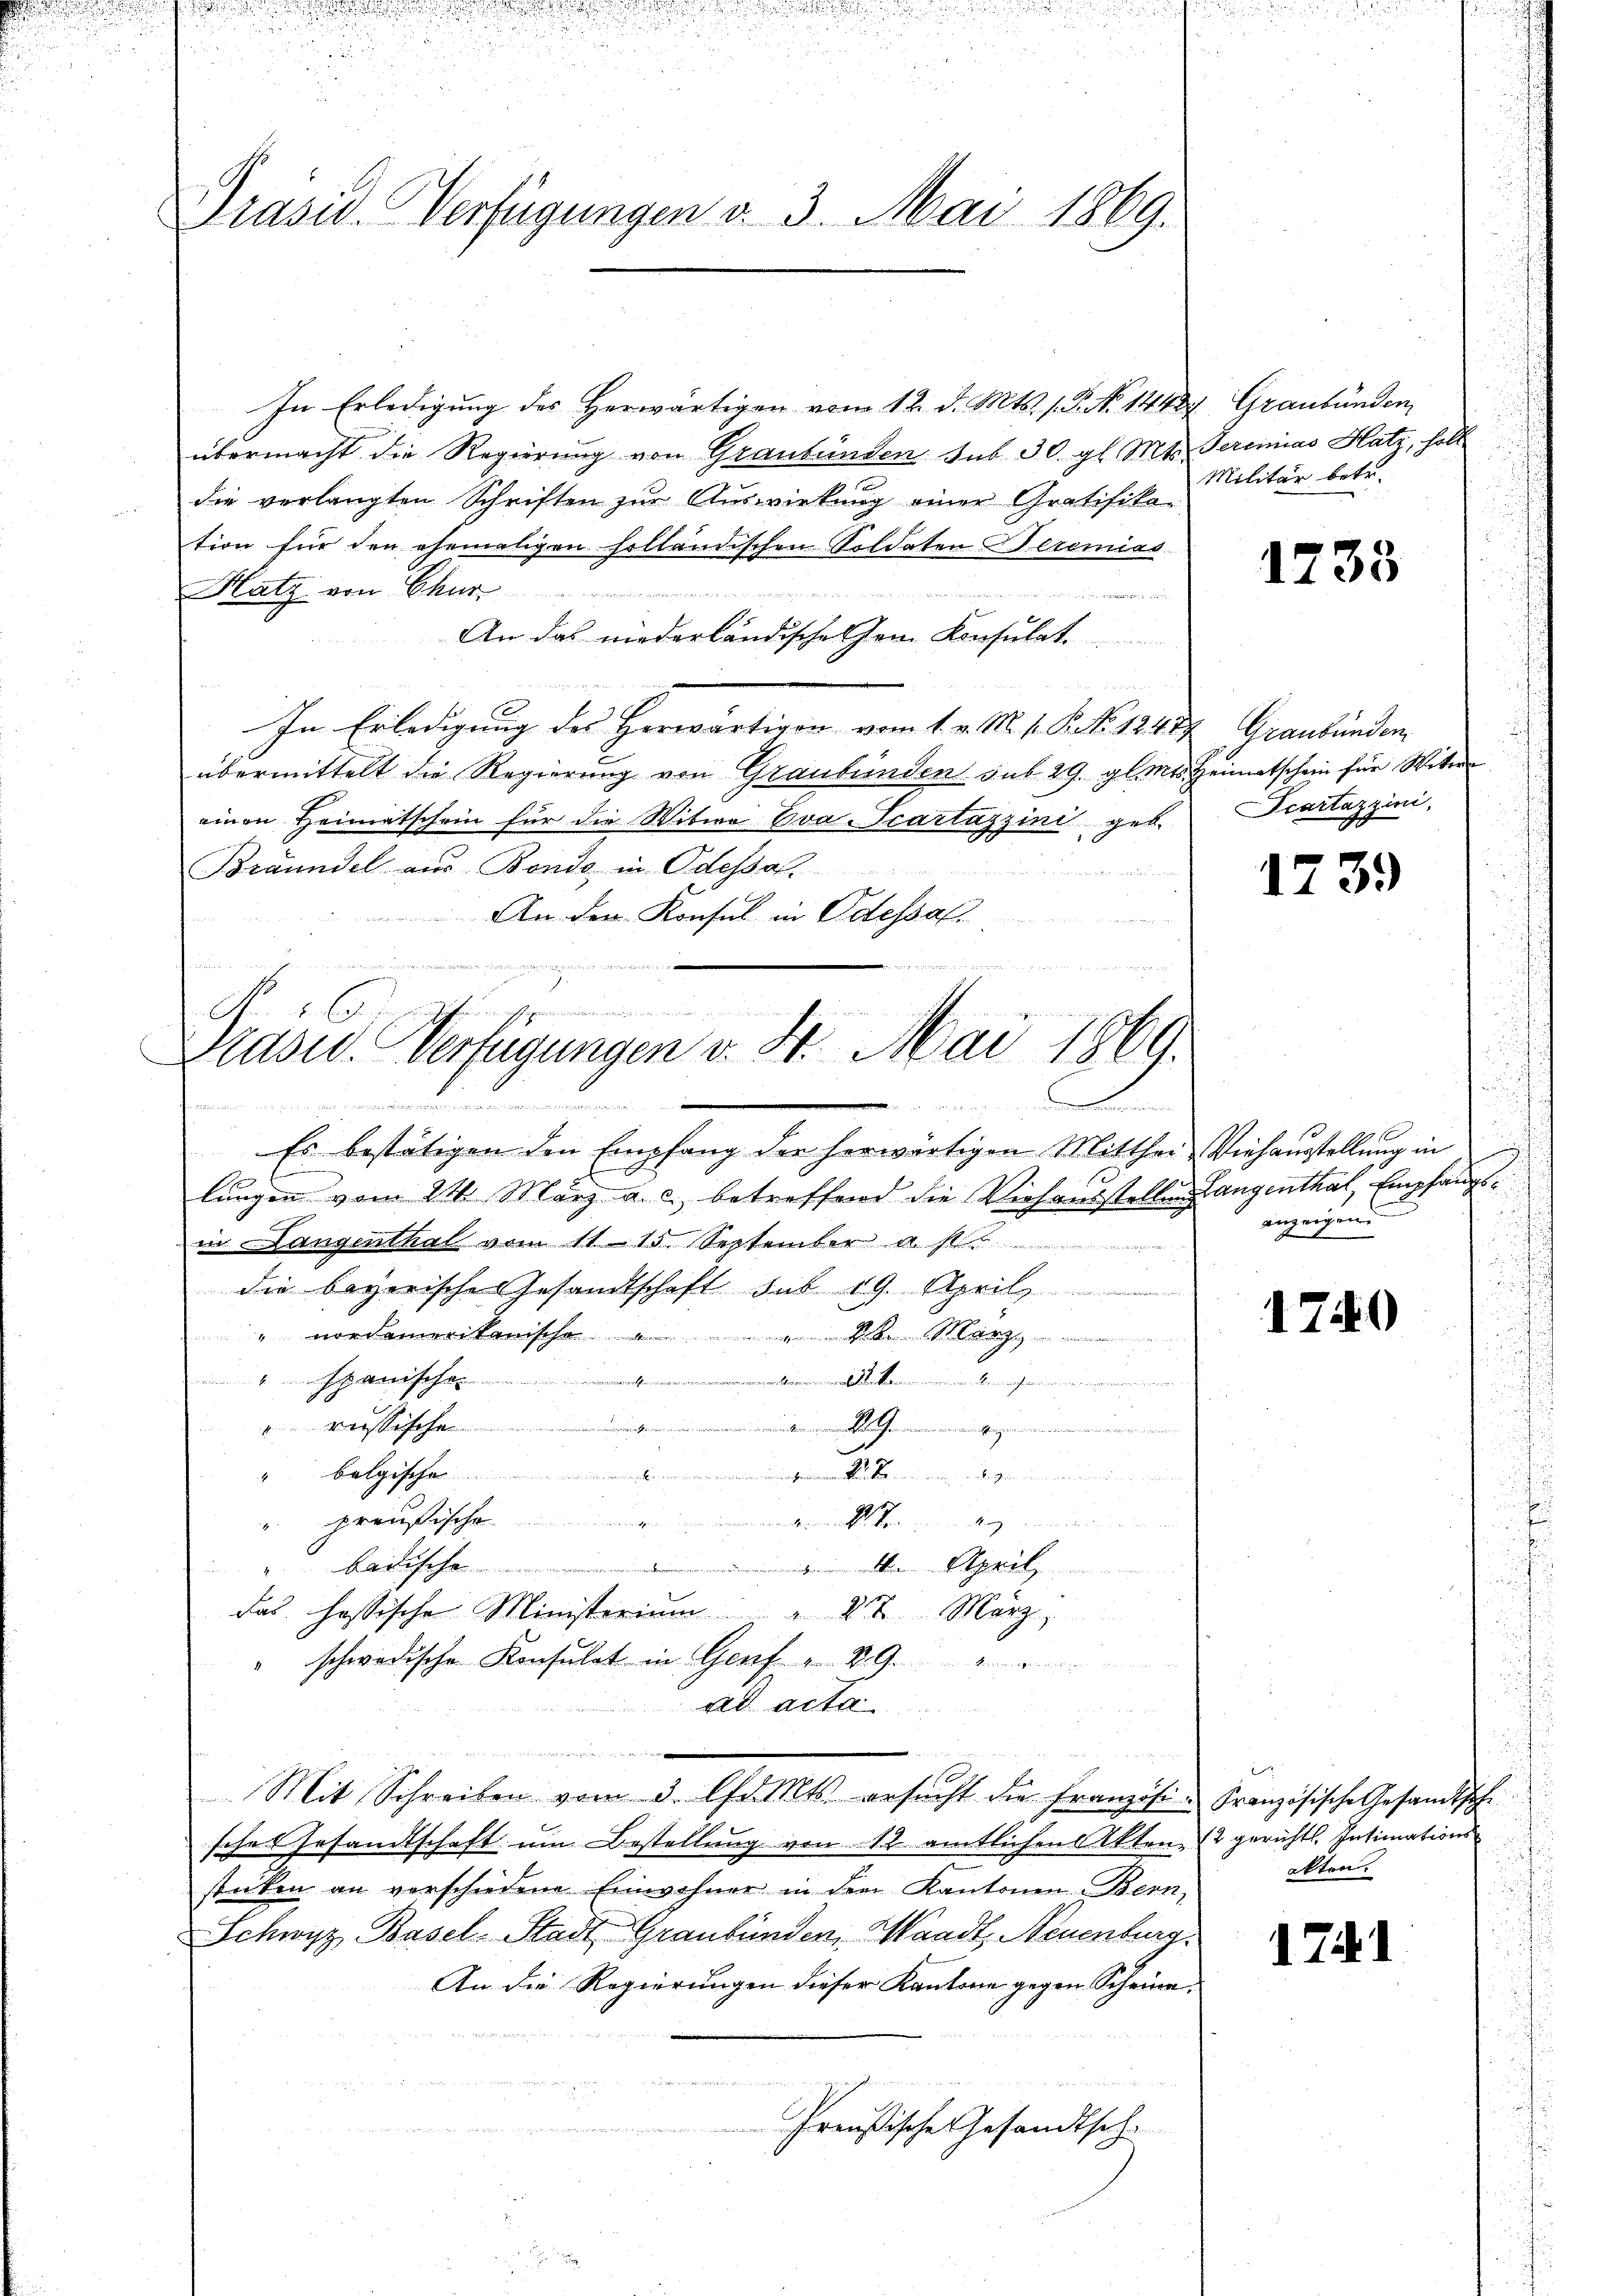
n

Präsid. Verfügungen d. 3. Mai 1869.

In Erledigung des Herwärtigen vom 12. d. Mts. 1. No 14484 Graubünden,
übermacht die Regierung von Graubünden sub. 30. gl. Mts. Terminias Hatz, holt
.
die verlangten Schriften zur Auswirkung einer Gratifika-
tion für den ehemaligen holländischen Soldaten Seremias
Hatz von Chur
ir

An das niederländischehen Konsulat
In Erledigung des Herwärtigen vom 1. v. M. v. P. No 1241 Graubünden
übermittelt die Regierung von Graubünden sub 29. gl. Mts. Heimatschein für Wetter
einen Heimatschein für die Witwe Eva -Scartazzini geb.
Brändel aus Bonde in Odessal

An den Konsul in Odessal
  als in ich die

Ehe den einen gemessen
Brasid. Verfügungen v. 4. Mai 1869.
inen einen und einen
.

Es bestätigen den Empfang der herwärtigen Mitthei- Viehausstellung in
lungen vom 24. März a. c. betreffend die Viehausstellung angenthal, Empfangsin Langenthal vom 11. 15. September a M.
die bayerische Gesandtschaft sub 19. April
" nordamerikanische de März
4. anscha
.............................
h

iehenen gleichen den in gerin meind
" belgische
". preußische
drunter wendig einen
i
 April
das hassische Ministerium" 22. März,
" schwedische Konsulat in Genf " 29.
ad acta
Mit Schreiben vom 3. Chr. Mts. ersŭcht die Französi-Französische Gesandtsche
sche Gesandtschaft um Bestellung von 12. amtlichen Akten, 2 gerichts. Intimations
stüken an verschiedene Einwohner in dem Kantonen Bern,
Schwyz, Basel-Stadt Graubünden, Waadt, Neuenburg
An die Regierungen dieser Kantone gegen Scheine.
e

Preußische Gesandtsch¬

Militär betr.

Scartazzini,

f
anzeigen
i

1233

1739

1740

2
alten.

171